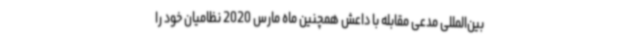
بین‌المللی مدعی مقابله با داعش همچنین ماه مارس 2020 نظامیان خود را